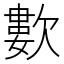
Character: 𣤋